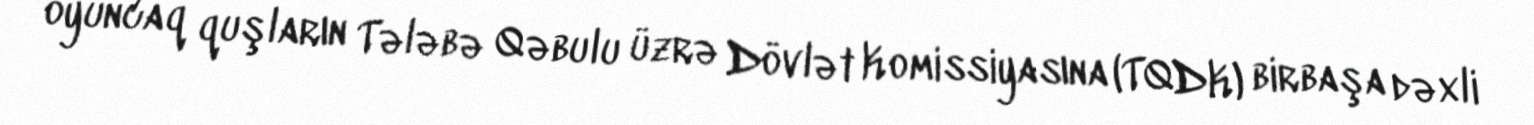
oyuncaq quşların Tələbə Qəbulu üzrə Dövlət Komissiyasına (TQDK) birbaşa dəxli